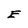
Character: E